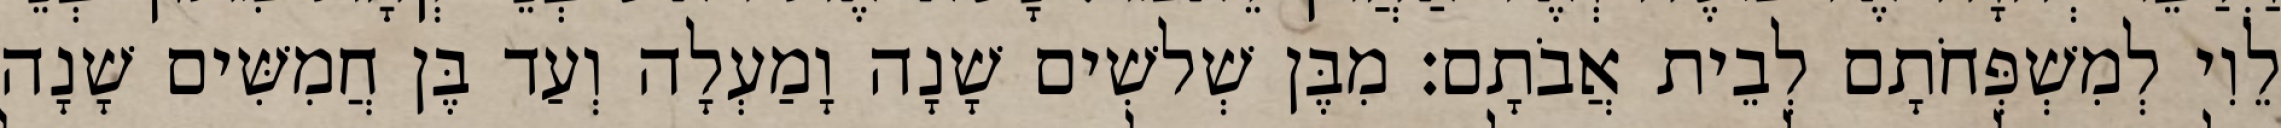
לֵוִי לְמִשְׁפְּחֹתָם לְבֵית אֲבֹתָם׃ מִבֶּן שְׁלשִׁים שָׁנָה וָמַעְלָה וְעַד בֶּן חֲמִשִּׁים שָׁנָה